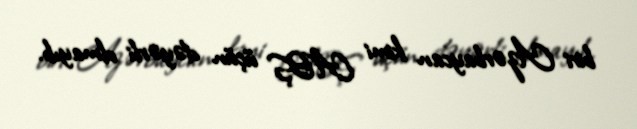
biri Azərbaycan kimi ABŞ üçün dəyərli olmayıb.